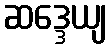
ဆဒ္ဒေယျ